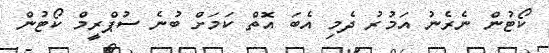
ކޯޓުން ނެރެނު އަމުރު ދެމި އެބަ އޮތް ކަމަށް ބުނެ ސުޕްރީމް ކޯޓުން